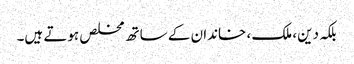
بلکہ دین، ملک ، خاندان کے ساتھ مخلص ہوتے ہیں۔